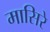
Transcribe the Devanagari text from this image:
मासिरे